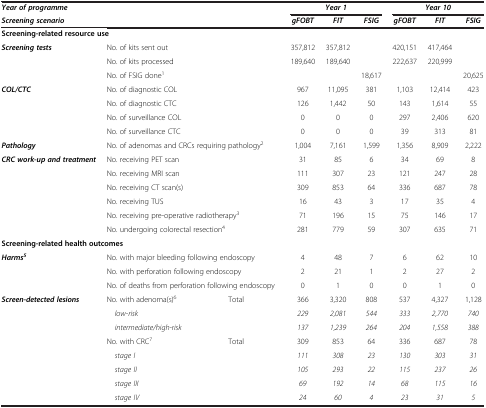
<table><thead><tr><td><b><i>Year of programme</i></b></td><td colspan="2"><b> </b></td><td colspan="3"><b><i>Year 1</i></b></td><td colspan="3"><b><i>Year 10</i></b></td></tr><tr><td><b><i>Screening scenario</i></b></td><td colspan="2"><b> </b></td><td><b><i>gFOBT</i></b></td><td><b><i>FIT</i></b></td><td><b><i>FSIG</i></b></td><td><b><i>gFOBT</i></b></td><td><b><i>FIT</i></b></td><td><b><i>FSIG</i></b></td></tr></thead><tbody><tr><td colspan="9"><b>Screening-related resource use</b></td></tr><tr><td rowspan="3"><b><i>Screening tests</i></b></td><td colspan="2">No. of kits sent out</td><td>357,812</td><td>357,812</td><td> </td><td>420,151</td><td>417,464</td><td> </td></tr><tr><td colspan="2">No. of kits processed</td><td>189,640</td><td>189,640</td><td> </td><td>222,637</td><td>220,999</td><td> </td></tr><tr><td colspan="2">No. of FSIG done<sup>1</sup></td><td> </td><td> </td><td>18,617</td><td> </td><td> </td><td>20,625</td></tr><tr><td rowspan="4"><b><i>COL/CTC</i></b></td><td colspan="2">No. of diagnostic COL</td><td>967</td><td>11,095</td><td>381</td><td>1,103</td><td>12,414</td><td>423</td></tr><tr><td colspan="2">No. of diagnostic CTC</td><td>126</td><td>1,442</td><td>50</td><td>143</td><td>1,614</td><td>55</td></tr><tr><td colspan="2">No. of surveillance COL</td><td>0</td><td>0</td><td>0</td><td>297</td><td>2,406</td><td>620</td></tr><tr><td colspan="2">No. of surveillance CTC</td><td>0</td><td>0</td><td>0</td><td>39</td><td>313</td><td>81</td></tr><tr><td><b><i>Pathology</i></b></td><td colspan="2">No. of adenomas and CRCs requiring pathology<sup>2</sup></td><td>1,004</td><td>7,161</td><td>1,599</td><td>1,356</td><td>8,909</td><td>2,222</td></tr><tr><td rowspan="6"><b><i>CRC work-up and treatment</i></b></td><td colspan="2">No. receiving PET scan</td><td>31</td><td>85</td><td>6</td><td>34</td><td>69</td><td>8</td></tr><tr><td colspan="2">No. receiving MRI scan</td><td>111</td><td>307</td><td>23</td><td>121</td><td>247</td><td>28</td></tr><tr><td colspan="2">No. receiving CT scan(s)</td><td>309</td><td>853</td><td>64</td><td>336</td><td>687</td><td>78</td></tr><tr><td colspan="2">No. receiving TUS</td><td>16</td><td>43</td><td>3</td><td>17</td><td>35</td><td>4</td></tr><tr><td colspan="2">No. receiving pre-operative radiotherapy<sup>3</sup></td><td>71</td><td>196</td><td>15</td><td>75</td><td>146</td><td>17</td></tr><tr><td colspan="2">No. undergoing colorectal resection<sup>4</sup></td><td>281</td><td>779</td><td>59</td><td>307</td><td>635</td><td>71</td></tr><tr><td colspan="9"><b>Screening-related health outcomes</b></td></tr><tr><td rowspan="3"><b><i>Harms</i></b><sup><b><i>5</i></b></sup></td><td colspan="2">No. with major bleeding following endoscopy</td><td>4</td><td>48</td><td>7</td><td>6</td><td>62</td><td>10</td></tr><tr><td colspan="2">No. with perforation following endoscopy</td><td>2</td><td>21</td><td>1</td><td>2</td><td>27</td><td>2</td></tr><tr><td colspan="2">No. of deaths from perforation following endoscopy</td><td>0</td><td>1</td><td>0</td><td>0</td><td>1</td><td>0</td></tr><tr><td rowspan="8"><b><i>Screen-detected lesions</i></b></td><td>No. with adenoma(s)<sup>6</sup></td><td>Total</td><td>366</td><td>3,320</td><td>808</td><td>537</td><td>4,327</td><td>1,128</td></tr><tr><td><i>low-risk</i></td><td> </td><td><i>229</i></td><td><i>2,081</i></td><td><i>544</i></td><td><i>333</i></td><td><i>2,770</i></td><td><i>740</i></td></tr><tr><td><i>intermediate/high-risk</i></td><td> </td><td><i>137</i></td><td><i>1,239</i></td><td><i>264</i></td><td><i>204</i></td><td><i>1,558</i></td><td><i>388</i></td></tr><tr><td>No. with CRC<sup>7</sup></td><td>Total</td><td>309</td><td>853</td><td>64</td><td>336</td><td>687</td><td>78</td></tr><tr><td><i>stage I</i></td><td> </td><td><i>111</i></td><td><i>308</i></td><td><i>23</i></td><td><i>130</i></td><td><i>303</i></td><td><i>31</i></td></tr><tr><td><i>stage II</i></td><td> </td><td><i>105</i></td><td><i>293</i></td><td><i>22</i></td><td><i>115</i></td><td><i>237</i></td><td><i>26</i></td></tr><tr><td><i>stage III</i></td><td> </td><td><i>69</i></td><td><i>192</i></td><td><i>14</i></td><td><i>68</i></td><td><i>115</i></td><td><i>16</i></td></tr><tr><td><i>stage IV</i></td><td> </td><td><i>24</i></td><td><i>60</i></td><td><i>4</i></td><td><i>23</i></td><td><i>31</i></td><td><i>5</i></td></tr></tbody></table>